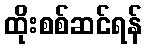
ထိုးစစ်ဆင်ရန်